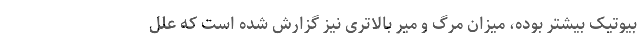
بیوتیک بیشتر بوده، میزان مرگ و میر بالاتری نیز گزارش شده است که علل